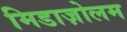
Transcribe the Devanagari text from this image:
मिडाज़ोलम